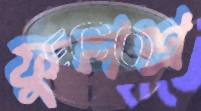
ফুলশ্র